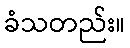
ခံသတည်း။